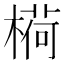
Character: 𬄋